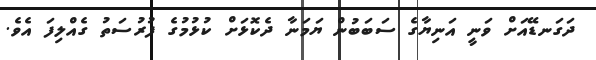
ދަގަނޑޭއަށް ވަނީ އަނިޔާގެ ސަބަބުން ޔަމަނާ ދެކޮޅަށް ކުޅުމުގެ ފުރުސަތު ގެއްލިފަ އެވެ.